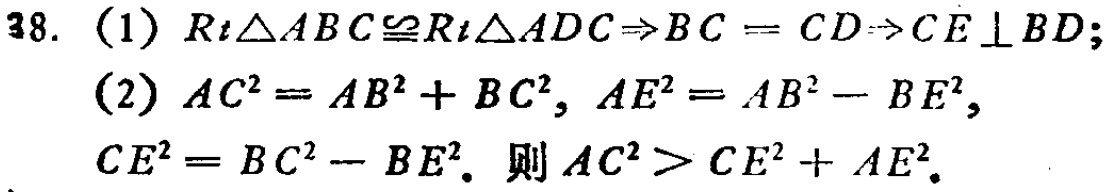
38. (1) \(Rt\triangle ABC\cong Rt\triangle ADC\Rightarrow BC = CD\Rightarrow CE\perp BD\);
(2) \(AC^{2}=AB^{2}+BC^{2}\), \(AE^{2}=AB^{2}-BE^{2}\), \(CE^{2}=BC^{2}-BE^{2}\). 则 \(AC^{2}>CE^{2}+AE^{2}\).